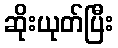
ဆိုးယုတ်ပြီး